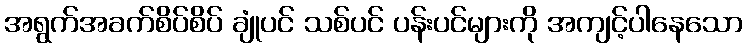
အရွက်အခက်စိပ်စိပ် ချုံပင် သစ်ပင် ပန်းပင်များကို အကျင့်ပါနေသော